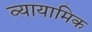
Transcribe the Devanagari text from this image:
व्यायामिक